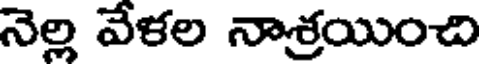
నెల్ల వేళల నాశ్రయించి